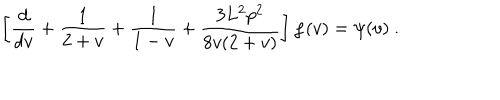
LaTeX: \left[ \frac { d } { d v } + \frac 1 { 2 + v } + \frac 1 { 1 - v } + \frac { 3 L ^ { 2 } p ^ { 2 } } { 8 v ( 2 + v ) } \right] \varphi ( v ) = \psi ( v ) ~ .